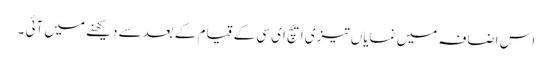
اس اضافہ میں نمایاں تیزی ایچ ای سی کے قیام کے بعدسے دیکھنے میں آئی ۔